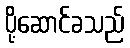
ပို့ဆောင်ခသည်